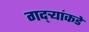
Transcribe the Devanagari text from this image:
गद्र्‍यांकडे